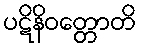
ပဋိနိဝတ္တောတိ